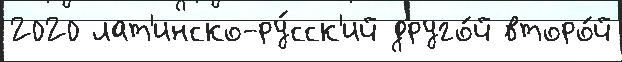
2020 лат'инско-ру́сск'ий друго́й второ́й